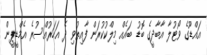
އައްޑޫގެ ވޯޓުލާ އާބާދީގެ ބޮޑު ބައެއް މިލްކުކުރަން ފާއިތުވި ދެ އަހަރުއްސުރެ އެމްޑީޕީން